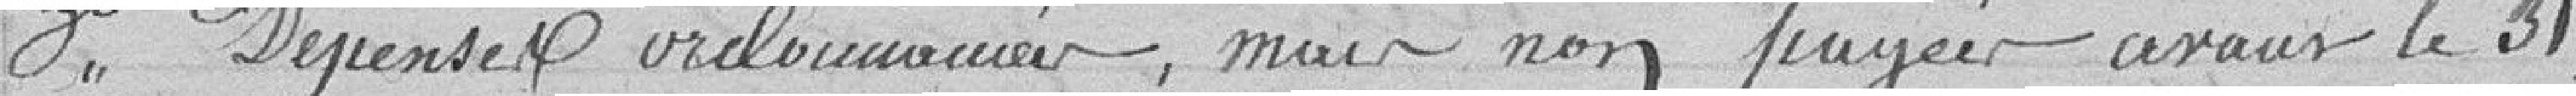
3° Dépenses ordonnées, mais non payées avant le 31,